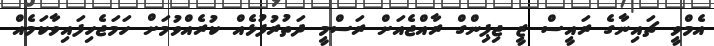
އެމްވީ ޗައިނާގެ ރައީސް ޒީ ޖިޕިންގް ރާއްޖެއަށް ރަސްމީ ދަތުރުފުޅެއް ކުރެއްވުމަށް ހަމަޖެހިފައިވާކަމެއް